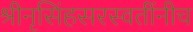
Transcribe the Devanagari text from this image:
श्रीनृसिंहसरस्वतींनीच